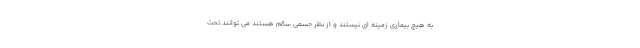
به هیچ بیماری زمینه ای نیستند و از نظر جسمی سالم هستند می توانند تحت